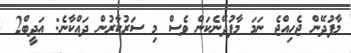
މާފުދޭން ޖެހިއްޖެ ނަމަ މާފުދޭނެކަން ވެސް މި ސަރުކާރުން ދައްކާނެ: އަދީބް2